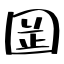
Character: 𡇬